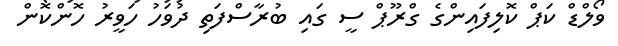
ވޯލްޑް ކަޕް ކޮލިފައިންގެ ގްރޫޕް ސީ ގައި ބުރާސްފަތި ދުވަހު ހަވީރު ހޮންކޮން